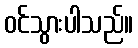
ဝင်သွားပါသည်။